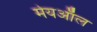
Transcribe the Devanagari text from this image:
मेयऑल